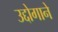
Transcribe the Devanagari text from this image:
उद्दोगाने